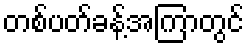
တစ်ပတ်ခန့်အကြာတွင်